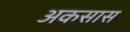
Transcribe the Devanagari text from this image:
अकसास